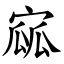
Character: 寙